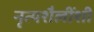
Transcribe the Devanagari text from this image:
नृत्यशैलींशी